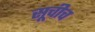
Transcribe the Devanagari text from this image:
सूचीच